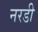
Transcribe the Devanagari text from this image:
नरडी